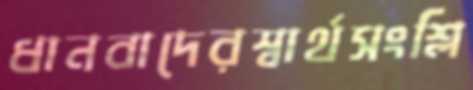
ধানবাদেরস্বার্থসংশ্লি